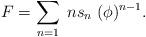
LaTeX: \begin{align*}F = \sum_{n=1}\; n s_{n}\; (\phi)^{n-1}.\end{align*}